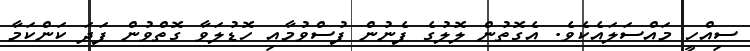
ސިއްހީ މައްސަލައެކެވެ. އެގޮތުން ލޮލުގެ ފެނުން ފުސްވުމާއި ހޮޑުލަވާ ގޮތްވުން ފަދަ ކަންކަމާ